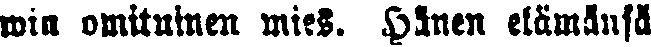
win omituinen mies. Hänen elämänsä